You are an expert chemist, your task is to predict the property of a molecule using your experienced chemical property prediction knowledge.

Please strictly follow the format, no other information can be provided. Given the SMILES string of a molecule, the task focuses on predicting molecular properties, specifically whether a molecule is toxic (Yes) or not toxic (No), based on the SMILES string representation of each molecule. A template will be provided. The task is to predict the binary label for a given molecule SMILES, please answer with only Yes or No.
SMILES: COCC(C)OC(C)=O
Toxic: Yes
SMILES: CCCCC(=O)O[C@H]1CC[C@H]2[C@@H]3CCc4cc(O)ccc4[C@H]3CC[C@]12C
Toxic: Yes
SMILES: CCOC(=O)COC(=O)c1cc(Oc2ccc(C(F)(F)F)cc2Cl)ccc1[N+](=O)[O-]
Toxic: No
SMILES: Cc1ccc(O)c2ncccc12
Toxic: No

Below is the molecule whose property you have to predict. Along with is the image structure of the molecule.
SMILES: C[C@@H]1CC[C@H]2[C@@H](C)C(=O)O[C@@H]3O[C@]4(C)CC[C@@H]1C32OO4
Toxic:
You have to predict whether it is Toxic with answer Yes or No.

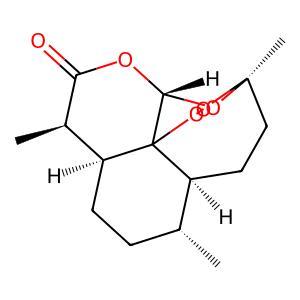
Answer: No